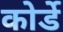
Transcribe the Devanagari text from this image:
कोर्डे